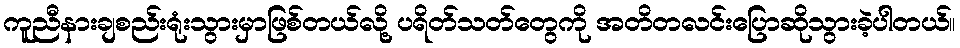
ကူညီနားချစည်းရုံးသွားမှာဖြစ်တယ်လို့ ပရိတ်သတ်တွေကို အတိတလင်းပြောဆိုသွားခဲ့ပါတယ်။